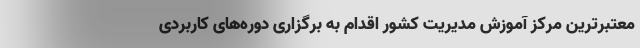
معتبرترین مرکز آموزش مدیریت کشور اقدام به برگزاری دوره‌های کاربردی